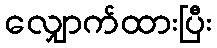
လျှောက်ထားပြီး